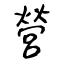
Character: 營